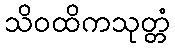
သိဝထိကသုတ္တံ